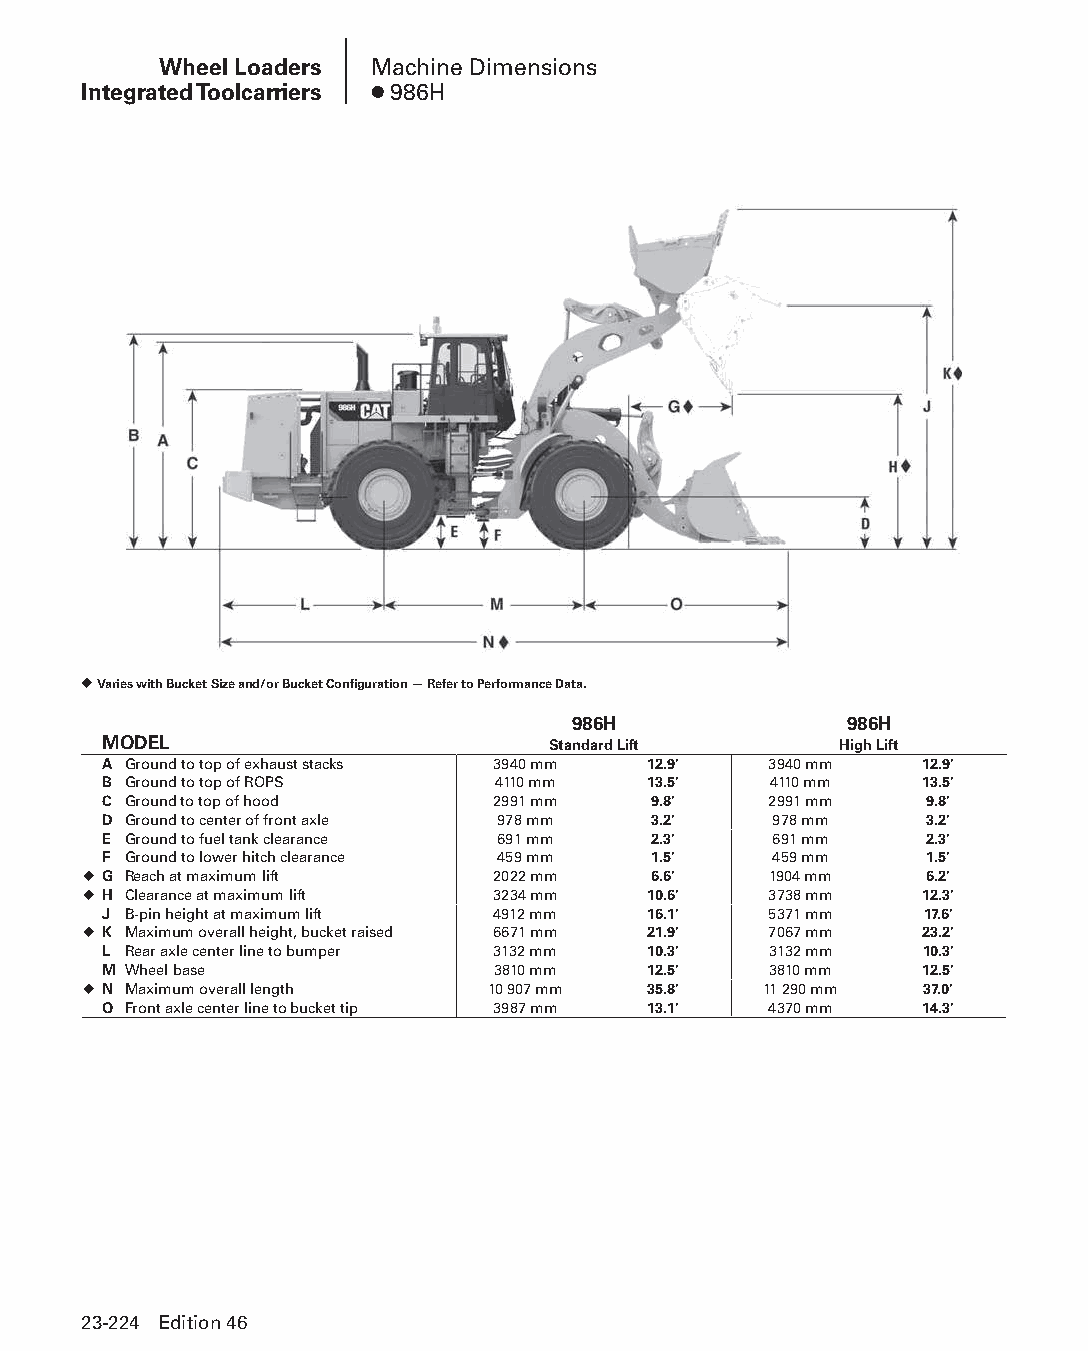
Wheel Loaders Machine Dimensions
 Integrated Toolcarriers ● 986H
 ◆ Varies with Bucket Size and/or Bucket Configuration — Refer to Performance Data.
 986H              986H
 MODEL                         Standard Lift      High Lift
 A Ground to top of exhaust stacks 3940 mm 12.9' 3940 mm 12.9'
 B Ground to top of ROPS   4110 mm   13.5'   4110 mm   13.5'
 C Ground to top of hood   2991 mm   9.8'    2991 mm    9.8'
 D Ground to center of front axle 978 mm 3.2' 978 mm    3.2'
 E Ground to fuel tank clearance 691 mm 2.3' 691 mm     2.3'
 F Ground to lower hitch clearance 459 mm 1.5' 459 mm   1.5'
 ◆ G Reach at maximum lift  2022 mm   6.6'    1904 mm    6.2'
 ◆ H Clearance at maximum lift 3234 mm 10.6'  3738 mm   12.3'
 J B-pin height at maximum lift 4912 mm 16.1' 5371 mm  17.6'
 ◆ K Maximum overall height, bucket raised 6671 mm 21.9' 7067 mm 23.2'
 L Rear axle center line to bumper 3132 mm 10.3' 3132 mm 10.3'
 M Wheel base              3810 mm   12.5'   3810 mm   12.5'
 ◆ N Maximum overall length 10 907 mm 35.8'   11 290 mm 37.0'
 O Front axle center line to bucket tip 3987 mm 13.1' 4370 mm 14.3'
 23-224 Edition 46
 PPHHBB--SSeecc2233((ppgg220077--332244))..iinndddd 222244      1122//44//1155 22::1122 PPMM